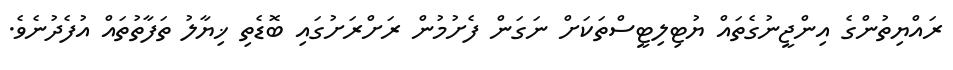
ރައްޔިތުންގެ އިންޖީނުގެތައް ޔުޓިލިޓީސްތަކަށް ނަގަން ފެށުމުން ރަށްރަށުގައި ބޮޑެތި ޚިޔާލު ތަފާތުތައް އުފެދުނެވެ.